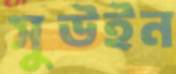
সুউইন